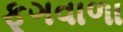
ફૂગવાળા